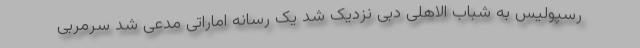
رسپولیس به شباب الاهلی دبی نزدیک شد یک رسانه اماراتی مدعی شد سرمربی